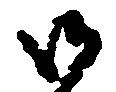
御